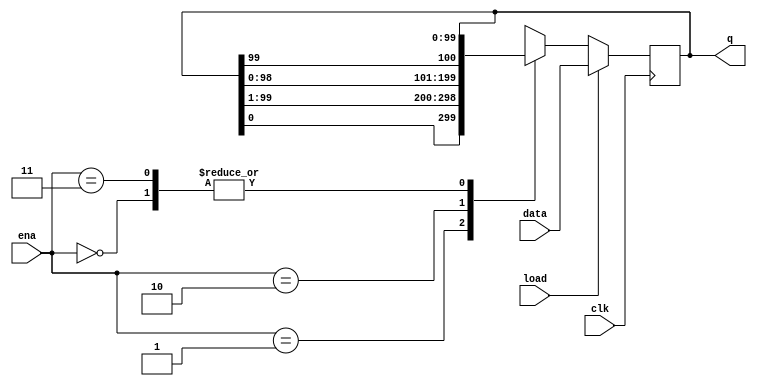
module top_module(
    input clk,
    input load,
    input [1:0] ena,
    input [99:0] data,
    output reg [99:0] q); 

    always @(posedge clk) begin
        if (load)
            q <= data;
        else
            begin
                case (ena)
                    2'b00: q <= q;
                    2'b01: q <={q[0],q[99:1]}; //rotate 
                    2'b10: q <={q[98:0],q[99]}; //rotate 0
                    2'b11: q <= q;
                endcase
            end
    end
endmodule